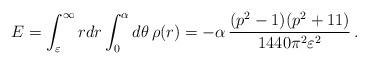
LaTeX: \begin{align*} E=\int_{\varepsilon}^{\infty}rdr\int_0^\alpha d\theta \, \rho(r)=- \alpha\,\frac{(p^2-1)(p^2+11)}{1440\pi^2\varepsilon^2}\,.\end{align*}